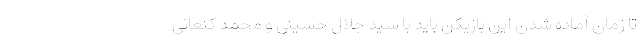
تا زمان آماده شدن این بازیکن باید با سید جلال حسینی و محمد کنعانی